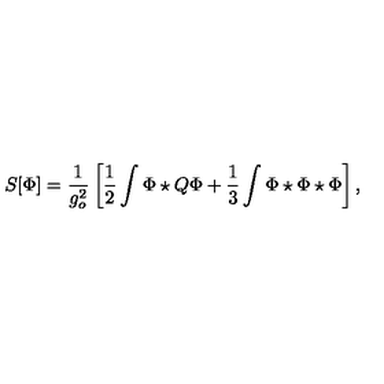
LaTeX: S [ \Phi ] = \frac { 1 } { g _ { o } ^ { 2 } } \left[ \frac 1 2 \int \Phi \star Q \Phi + \frac 1 3 \int \Phi \star \Phi \star \Phi \right] ,